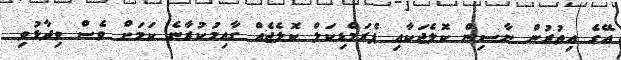
އޭގެ އިތުރުން ނާސިން ކޮލެޖަކާއި ޕެރަމެޑިކަލް ކޮލެޖެއް ގާއިމުކުރާނެ ކަމަށް ވެސް ވިދާޅުވި